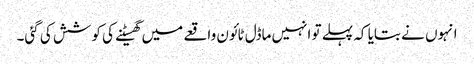
انہوں نے بتایا کہ پہلے تو انہیں ماڈل ٹائون واقعے میں گھسیٹنے کی کوشش کی گئی۔